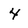
Character: 4